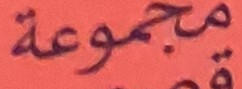
مجموعة